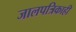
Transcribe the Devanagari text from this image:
जालपत्रिकाही